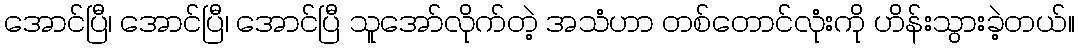
အောင်ပြီ၊ အောင်ပြီ၊ အောင်ပြီ သူအော်လိုက်တဲ့ အသံဟာ တစ်တောင်လုံးကို ဟိန်းသွားခဲ့တယ်။